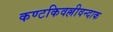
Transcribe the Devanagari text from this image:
कण्टकिवल्लीवन्दाक